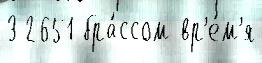
3 2651 бра́ссом вр'е́м'я